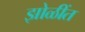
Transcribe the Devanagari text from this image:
झोळींत